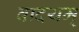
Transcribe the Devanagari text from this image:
वादयम्